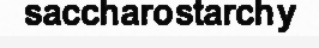
saccharostarchy